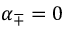
{ \alpha _ { \mp } = 0 }